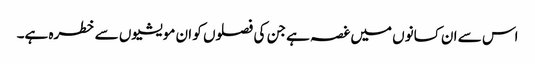
اس سے ان کسانوں میں غصہ ہے جن کی فصلوں کو ان مویشیوں سے خطرہ ہے۔